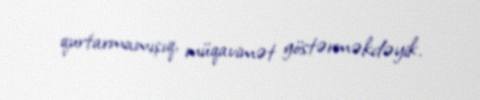
qurtarmamışıq, müqavimət göstərməkdəyik.